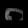
Digit: ၀